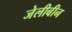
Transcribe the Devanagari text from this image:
जेलीबीन